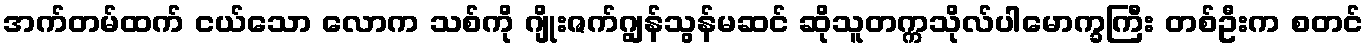
အက်တမ်ထက် ငယ်သော လောက သစ်ကို ဂျိုးဇက်ဂျွန်သွန်မဆင် ဆိုသူတက္ကသိုလ်ပါမောက္ခကြီး တစ်ဦးက စတင်